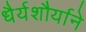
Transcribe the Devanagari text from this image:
धैर्यशौर्याने